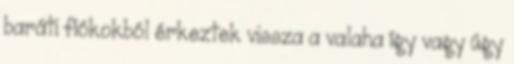
baráti fiókokból érkeztek vissza a valaha így vagy úgy